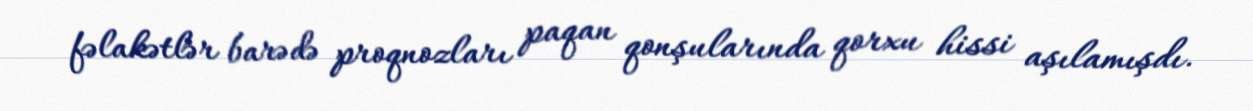
fəlakətlər barədə proqnozları paqan qonşularında qorxu hissi aşılamışdı.